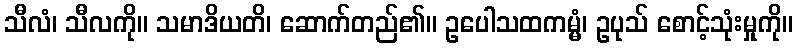
သီလံ၊ သီလကို။ သမာဒိယတိ၊ ဆောက်တည်၏။ ဥပေါသထကမ္မံ၊ ဥပုသ် စောင့်သုံးမှုကို။